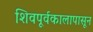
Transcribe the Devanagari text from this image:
शिवपूर्वकालापासून